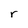
Character: r